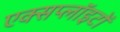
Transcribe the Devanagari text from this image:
एक्सप्लॉइटों